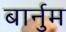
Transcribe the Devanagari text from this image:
बार्नुम